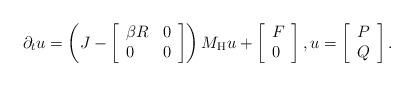
LaTeX: \begin{align*}\partial_{t}u=\left( J-\left[\begin{array}[c]{ll}\beta R & 0\\0 & 0\end{array}\right] \right) M_{\mathrm{H}}u+\left[\begin{array}[c]{l}F\\0\end{array}\right] ,u=\left[\begin{array}[c]{l}P\\Q\end{array}\right] . \end{align*}